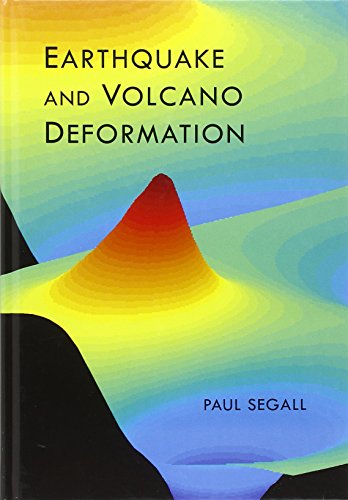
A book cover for Earthquake and Volcano Deformation; Paul Segall; Science & Math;